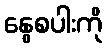
နွေစပါးကို